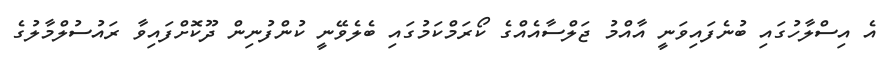
އެ އިސްލާހުގައި ބުނެފައިވަނީ އާއްމު ޖަލްސާއެއްގެ ކޯރަމްކަމުގައި ބެލެވޭނީ ކުންފުނިން ދޫކޮށްފައިވާ ރައުސުލްމާލުގެ